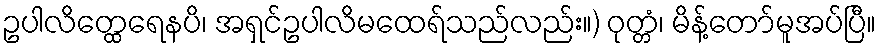
ဥပါလိတ္ထေရေနပိ၊ အရှင်ဥပါလိမထေရ်သည်လည်း။) ဝုတ္တံ၊ မိန့်တော်မူအပ်ပြီ။